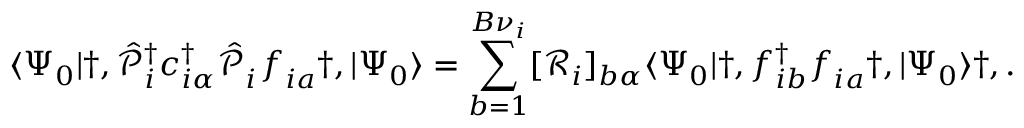
\langle \Psi _ { 0 } | \dag , \hat { \mathcal { P } } _ { i } ^ { { \dagger } } c _ { i \alpha } ^ { \dagger } \hat { \mathcal { P } } _ { i } ^ { \phantom { \dagger } } f _ { i a } ^ { \phantom { \dagger } } \dag , | \Psi _ { 0 } \rangle = \sum _ { b = 1 } ^ { B { \nu } _ { i } } [ \mathcal { R } _ { i } ] _ { b \alpha } \langle \Psi _ { 0 } | \dag , f _ { i b } ^ { \dagger } f _ { i a } ^ { \phantom { \dagger } } \dag , | \Psi _ { 0 } \rangle \dag , .